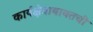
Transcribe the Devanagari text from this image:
कार्यक्षेत्राबाबतची